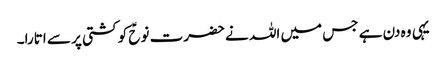
یہی وہ دن ہے جس میں اللہ نے حضرت نوحؑ کو کشتی پر سے اتارا۔